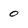
Character: 0